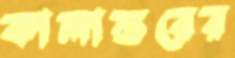
কালান্তরের